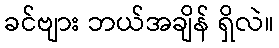
ခင်ဗျား ဘယ်အချိန် ရှိလဲ။